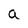
Character: a